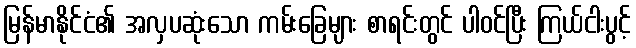
မြန်မာနိုင်ငံ၏ အလှပဆုံးသော ကမ်းခြေများ စာရင်းတွင် ပါဝင်ပြီး ကြယ်ငါးပွင့်